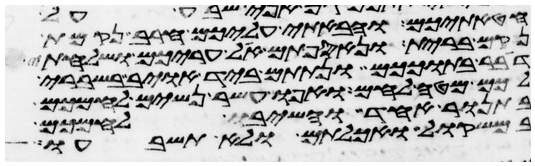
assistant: חטאתיכם והבאתי עליכם חרב נקמת
נקם ברית ונאספתם אל עריכם ושלחתי
דבר בתוככם ונתתם ביד אויב בשברי
לכם מטה לחם ואפו עשר נשים לחמכם
בתנור אחד והשיב לחמכם
במשקול ואכלתם ולא תשבעו